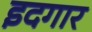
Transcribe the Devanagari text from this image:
इदगार